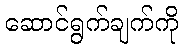
ဆောင်ရွက်ချက်ကို